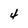
Character: 4